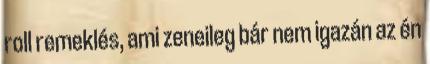
roll remeklés, ami zeneileg bár nem igazán az én